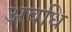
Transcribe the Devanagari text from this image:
अवधि